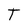
Character: T